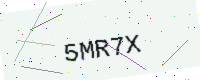
Text: 5MR7X